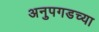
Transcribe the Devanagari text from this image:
अनुपगडच्या